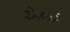
ડોલક